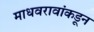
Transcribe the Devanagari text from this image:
माधवरावांकडून